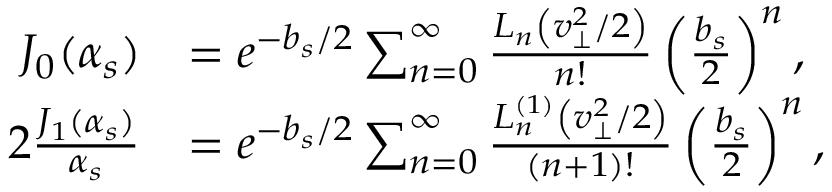
\begin{array} { r l } { J _ { 0 } ( \alpha _ { s } ) } & { = e ^ { - b _ { s } / 2 } \sum _ { n = 0 } ^ { \infty } \frac { L _ { n } \left( v _ { \perp } ^ { 2 } / 2 \right) } { n \mathrm { ! } } \left( \frac { b _ { s } } { 2 } \right) ^ { n } , } \\ { 2 \frac { J _ { 1 } ( \alpha _ { s } ) } { \alpha _ { s } } } & { = e ^ { - b _ { s } / 2 } \sum _ { n = 0 } ^ { \infty } \frac { L _ { n } ^ { ( 1 ) } \left( v _ { \perp } ^ { 2 } / 2 \right) } { ( n + 1 ) \mathrm { ! } } \left( \frac { b _ { s } } { 2 } \right) ^ { n } , } \end{array}